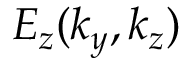
E _ { z } ( k _ { y } , k _ { z } )